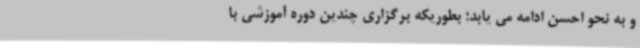
و به نحو احسن ادامه می یابد؛ بطوریکه برگزاری چندین دوره آموزشی با